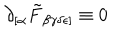
LaTeX: \partial _ { [ \alpha } \tilde { F } _ { \beta \gamma \delta \epsilon ] } \equiv 0